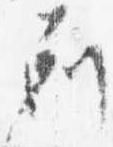
剋